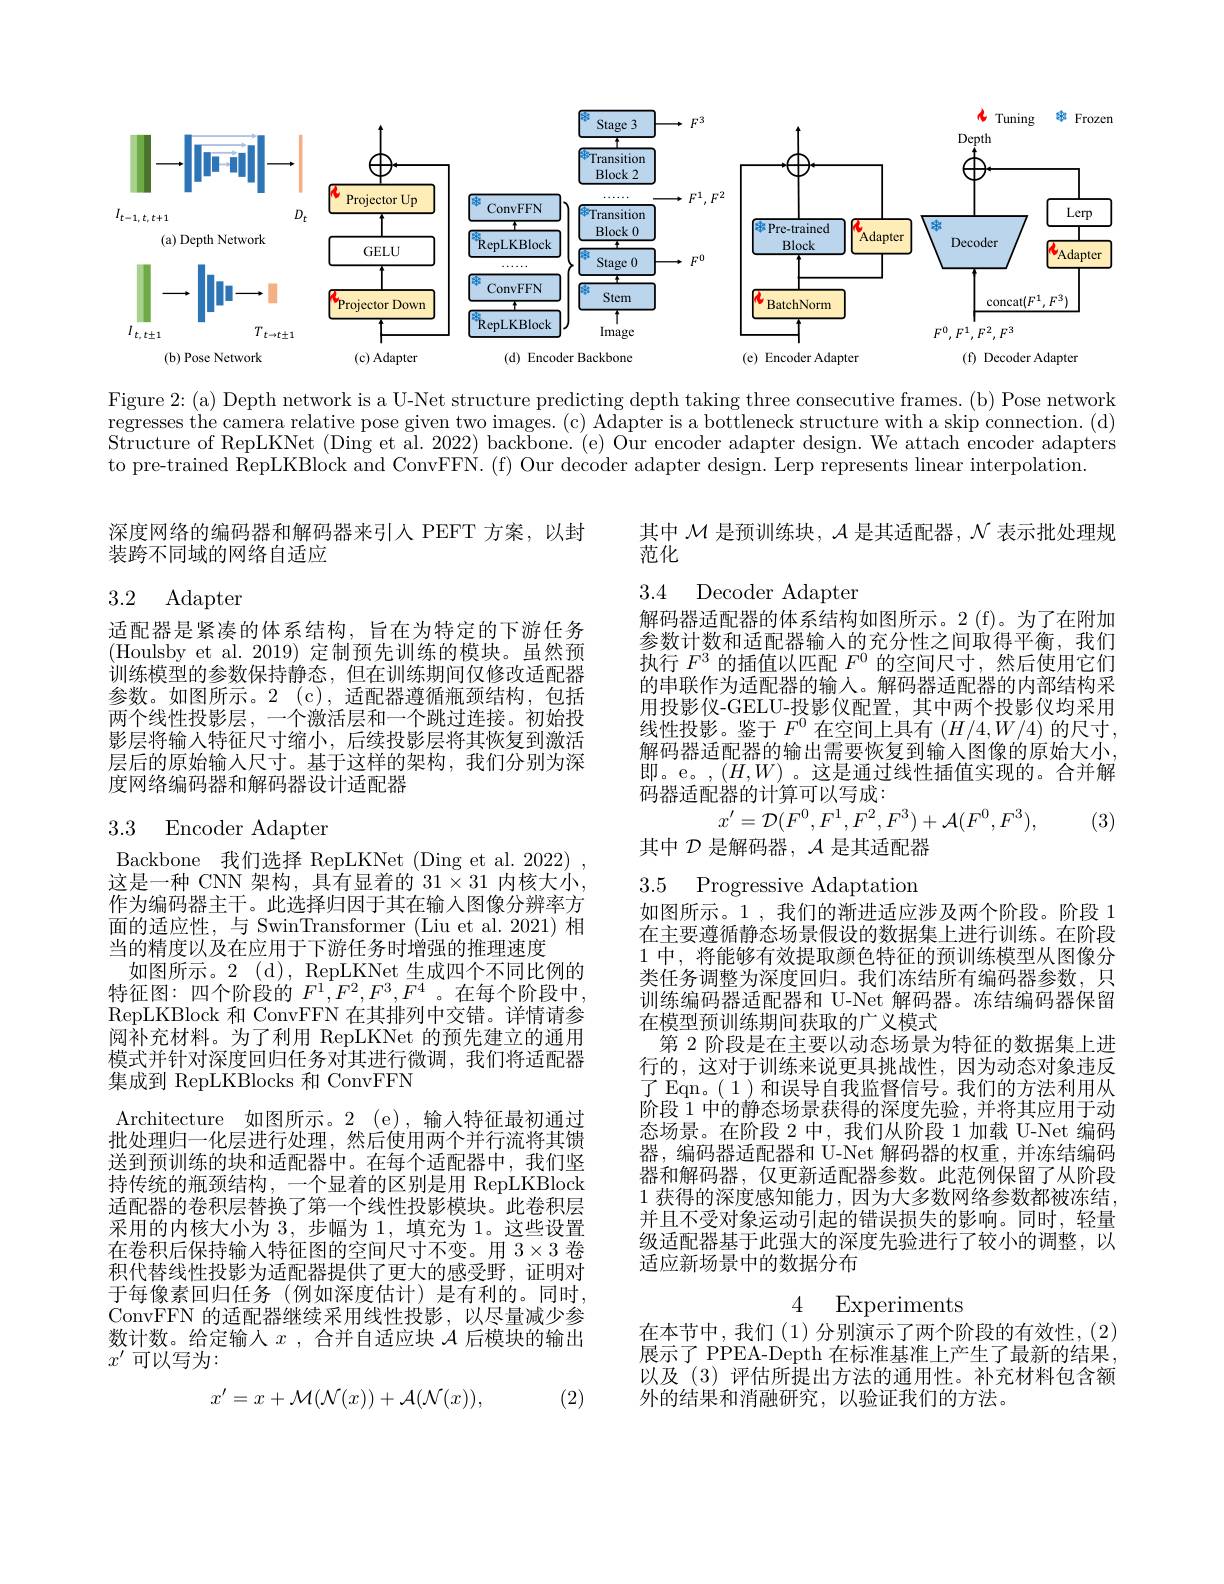
<FigureHere>

Figure 2: (a) Depth network is a U-Net structure predicting depth taking three consecutive frames. (b) Pose network regresses the camera relative pose given two images. (c) Adapter is a bottleneck structure with a skip connection. (d) Structure of RepLKNet (Ding et al. 2022) backbone. (e) Our encoder adapter design. We attach encoder adapters to pre-trained RepLKBlock and ConvFFN. (f) Our decoder adapter design. Lerp represents linear interpolation.

深度网络的编码器和解码器来引入 PEFT 方案，以封
装跨不同域的网络自适应

# 3.2 Adapter

适配器是紧凑的体系结构，旨在为特定的下游任务(Houlsby et al. 2019)定制预先训练的模块。虽然预训练模型的参数保持静态，但在训练期间仅修改适配器参数。如图所示。2(c),适配器遵循瓶颈结构，包括两个线性投影层，一个激活层和一个跳过连接。初始投影层将输人特征尺寸缩小，后续投影层将其恢复到激活层后的原始输入尺寸。基于这样的架构，我们分别为深度网络编码器和解码器设计适配器

# 3.3 Encoder Adapter

Backbone 我们选择 RepLKNet (Ding et al. 2022) 这是一种 CNN 架构，具有显着的$31\times31$内核大小作为编码器主干。此选择归因于其在输人图像分辨率方面的适应性，与 SwinTransformer (Liu et al.2021)相当的精度以及在应用于下游任务时增强的推理速度
如图所示。2(d), RepLKNet 生成四个不同比例的特征图：四个阶段的$F^1,F^2,F^3,F^4$。在每个阶段中， RepLKBlock 和 ConvFFN 在其排列中交错。详情请参阅补充材料。为了利用 RepLKNet 的预先建立的通用模式并针对深度回归任务对其进行微调，我们将适配器集成到 RepLKBlocks 和 ConvFFN
Architecture 如图所示。2 (e),输人特征最初通过批处理归一化层进行处理，然后使用两个并行流将其馈送到预训练的块和适配器中。在每个适配器中，我们坚持传统的瓶颈结构，一个显着的区别是用 RepLKBlock 适配器的卷积层替换了第一个线性投影模块。此卷积层采用的内核大小为3，步幅为1，填充为 1。这些设置在卷积后保持输入特征图的空间尺寸不变。用 3$\times3$卷积代替线性投影为适配器提供了更大的感受野，证明对于每像素回归任务(例如深度估计)是有利的。同时， ConvFFN 的适配器继续采用线性投影，以尽量减少参数计数。给定输入$x$,合并自适应块$\mathcal{A}$后模块的输出$x^{\prime}$可以写为：
$$x'=x+\mathcal M(\mathcal N(x))+\mathcal A(\mathcal N(x)),$$
(2)

其中$\mathcal{M}$是预训练块，$\mathcal{A}$是其适配器，$\mathcal{N}$表示批处理规
范化

3.4 Decoder Adapten

解码器适配器的体系结构如图所示。2 (f)。为了在附加

参数计数和适配器输入的充分性之间取得平衡，我们执行$F^{3}$的插值以匹配$F^{0}$的空间尺寸，然后使用它们的串联作为适配器的输入。解码器适配器的内部结构采用投影仪-GELU-投影仪配置，其中两个投影仪均采用线性投影。鉴于$F^0$在空间上具有$(H/4,W/4)$的尺寸， 解码器适配器的输出需要恢复到输入图像的原始大小， 即。e。,$(H,W)$。这是通过线性插值实现的。合并解码器适配器的计算可以写成
$$x'=\mathcal{D}(F^{0},F^{1},F^{2},F^{3})+\mathcal{A}(F^{0},F^{3}),$$
(3)

其中$\mathcal{D}$是解码器，$\mathcal{A}$是其适配器

3.5 Progressive Adaptation

如图所示。1 ,我们的渐进适应涉及两个阶段。阶段 1在主要遵循静态场景假设的数据集上进行训练。在阶段1 中，将能够有效提取颜色特征的预训练模型从图像分类任务调整为深度回归。我们冻结所有编码器参数，只训练编码器适配器和 U-Net 解码器。冻结编码器保留在模型预训练期间获取的广义模式
第 2 阶段是在主要以动态场景为特征的数据集上进行的，这对于训练来说更具挑战性，因为动态对象违反了 Eqn。( 1)和误导自我监督信号。我们的方法利用从阶段 1 中的静态场景获得的深度先验，并将其应用于动态场景。在阶段 2 中，我们从阶段 1 加载 U-Net 编码器，编码器适配器和 U-Net 解码器的权重，并冻结编码器和解码器，仅更新适配器参数。此范例保留了从阶段1 获得的深度感知能力，因为大多数网络参数都被冻结， 并且不受对象运动引起的错误损失的影响。同时，轻量级适配器基于此强大的深度先验进行了较小的调整，以适应新场景中的数据分布

4 Experiments

在本节中，我们(1)分别演示了两个阶段的有效性，(2) 展示了 PPEA-Depth 在标准基准上产生了最新的结果， 以及(3)评估所提出方法的通用性。补充材料包含额外的结果和消融研究，以验证我们的方法。